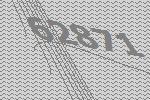
62871